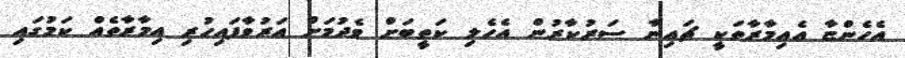
އެހެންޏާ އެއިމާރާތަކީ ޗައިނާ ސަރުކާރުން އެހެލި ކަތީބަށް ވެދުމަށް އަރުވާފައިހުރި އިމާރާތެއް ކަމުގައި